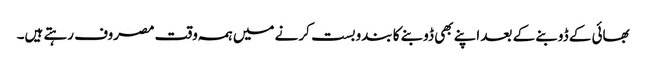
بھائی کے ڈوبنے کے بعد اپنے بھی ڈوبنے کا بندوبست کرنے میں ہمہ وقت مصروف رہتے ہیں۔